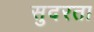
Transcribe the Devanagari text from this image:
सुदरता